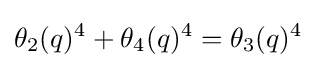
\theta _{2}(q)^{4}+\theta _{4}(q)^{4}=\theta _{3}(q)^{4}